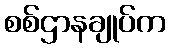
စစ်ဌာနချုပ်က